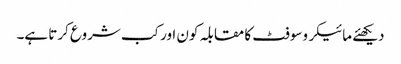
دیکھئے مائیکروسوفٹ کا مقابلہ کون اور کب شروع کرتا ہے۔